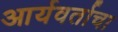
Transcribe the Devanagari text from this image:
आर्यवर्ताचा